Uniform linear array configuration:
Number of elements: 64
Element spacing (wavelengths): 1
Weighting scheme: cosine
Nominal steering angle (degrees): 0
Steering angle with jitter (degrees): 1.914
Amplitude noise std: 0.05
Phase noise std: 0.05

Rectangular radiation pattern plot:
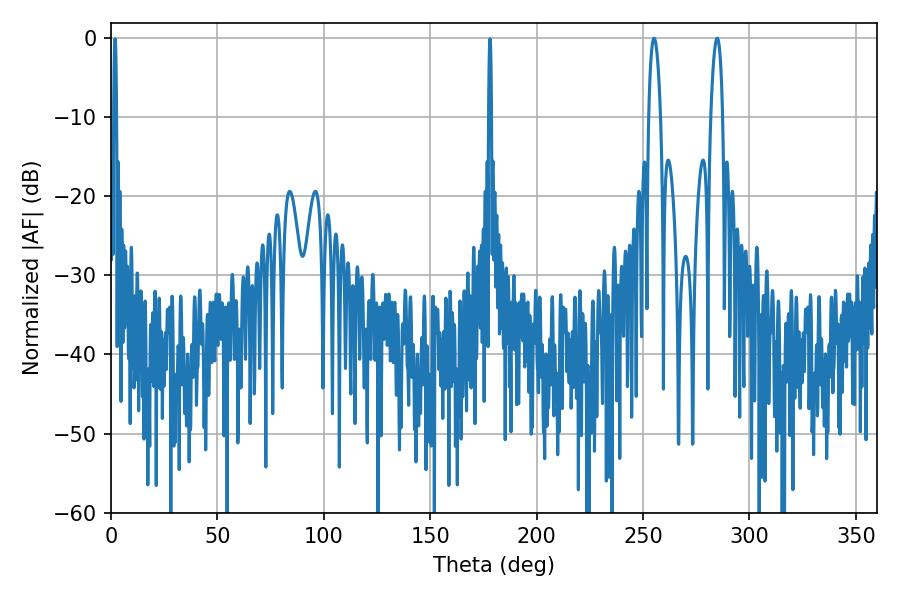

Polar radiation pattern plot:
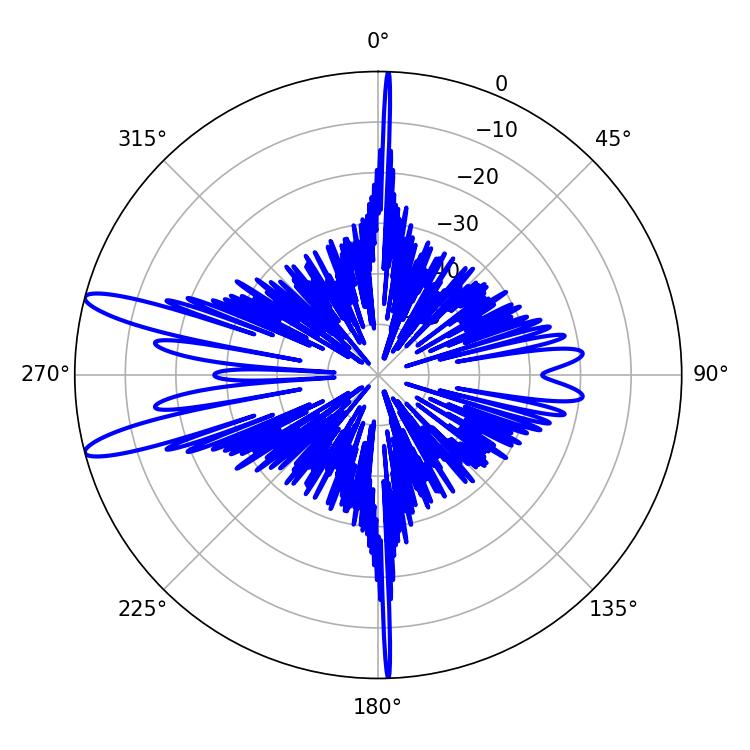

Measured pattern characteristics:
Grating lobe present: TRUE
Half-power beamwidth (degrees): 3.24
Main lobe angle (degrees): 255.24